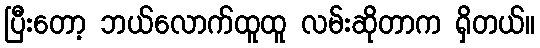
ပြီးတော့ ဘယ်လောက်ထူထူ လမ်းဆိုတာက ရှိတယ်။